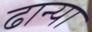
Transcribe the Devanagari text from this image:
ढान्या